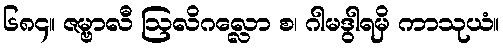
၆၈၄။ ဇမ္ဗာလီ ဩလိဂလ္လော စ၊ ဂါမဒွါရမှိ ကာသုယံ။